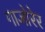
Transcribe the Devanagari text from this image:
गाजोरेर